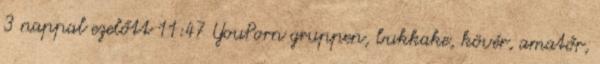
3 nappal ezelőtt 11:47 YouPorn gruppen, bukkake, kövér, amatőr,